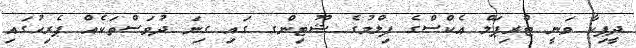
ދީޕިކާ ވަނީ ޓްރިޕަލް އެކްސްގެ ފިލްމުގެ ޝޫޓިންގ ގައި ގިނަ ދުވަސްތަކެއް ޕެރިހުގައި